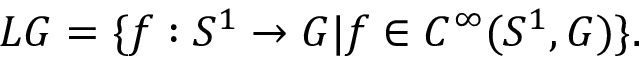
L G = \{ f : S ^ { 1 } \rightarrow G | f \in C ^ { \infty } ( S ^ { 1 } , G ) \} .